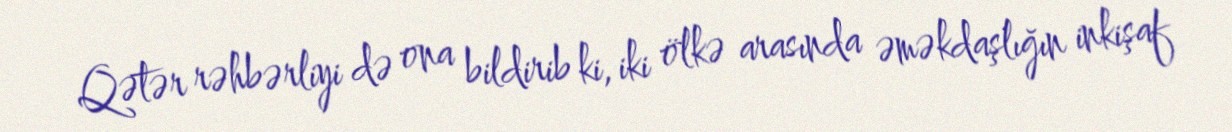
Qətər rəhbərliyi də ona bildirib ki, iki ölkə arasında əməkdaşlığın inkişaf